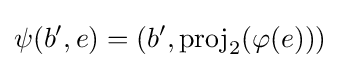
\psi (b',e)=(b',{\mbox{proj}}_{2}(\varphi (e)))